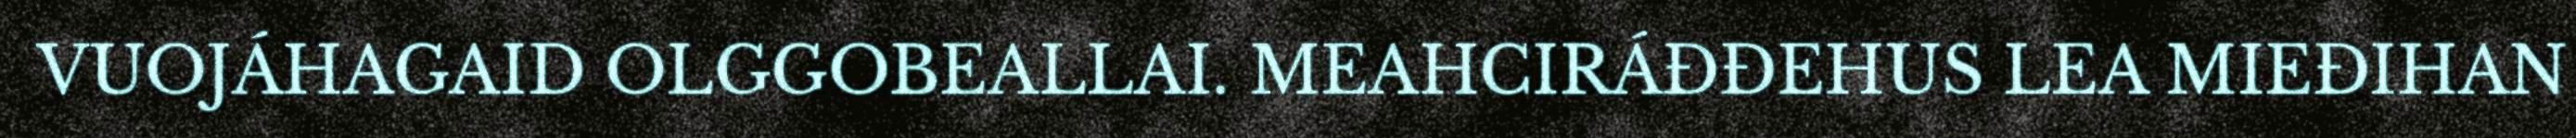
VUOJÁHAGAID OLGGOBEALLAI. MEAHCIRÁĐĐEHUS LEA MIEĐIHAN